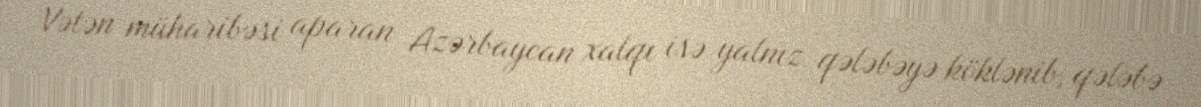
Vətən müharibəsi aparan Azərbaycan xalqı isə yalnız qələbəyə köklənib, qələbə